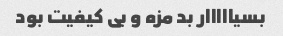
بسیااااار بد مزه و بی کیفیت بود